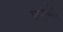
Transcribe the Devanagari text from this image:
घरणी